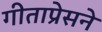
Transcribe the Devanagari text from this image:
गीताप्रेसने